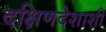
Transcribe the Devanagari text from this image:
दक्षिणदेशाशी